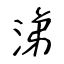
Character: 涕